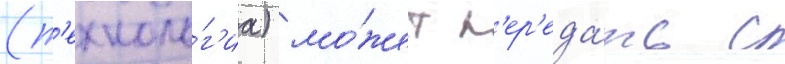
(т'ехноло́г'иа) мо́жет п'ер'еда́ть с